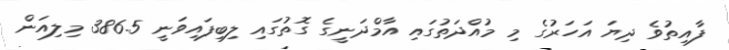
ފާއިތުވެ ދިޔަ އަހަރުގެ މި މުއްދަތުގައި އާމްދަނީގެ ގޮތުގައި ލިބިފައިވަނީ 386.5 މިލިއަން